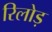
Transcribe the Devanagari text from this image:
रिलोड़